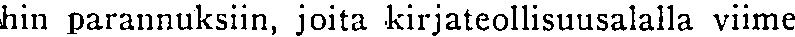
hin parannuksiin, joita kirjateollisuusalalla viime